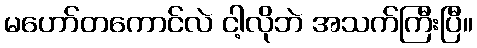
မဟော်တကောင်လဲ ငါ့လိုဘဲ အသက်ကြီးပြီ။